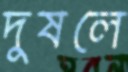
দুষলে